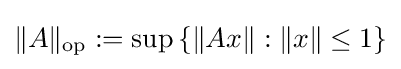
\|A\|_{\text{op}}:=\sup \left\{\|Ax\|:\|x\|\leq 1\right\}